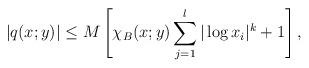
LaTeX: \begin{align*} |q(x;y)|\leq M\left[\chi_B(x;y)\sum_{j=1}^l|\log x_i|^k+1\right], \end{align*}